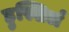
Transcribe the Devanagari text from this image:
हुस्सिर्ल